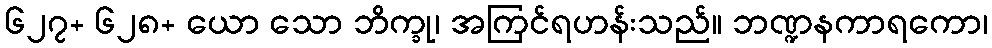
၆၂၇+ ၆၂၈+ ယော သော ဘိက္ခု၊ အကြင်ရဟန်းသည်။ ဘဏ္ဍနကာရကော၊